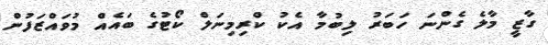
ގާޒީ މާލެ ގެންނަ ހަބަރު ލިބުމާ އެކު ކްރިމިނަލް ކޯޓުގެ ބައެއް މުވައްޒަފުން